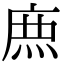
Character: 𮭱